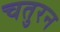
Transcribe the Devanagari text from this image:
चतुरन